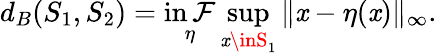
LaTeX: d_{B}(S_{1},S_{2})=\operatorname*{in\mathcal{F}}_{\eta}\operatorname*{sup}_{\mathit{x}\inS_{1}}\| \mathit{x}-\eta(\mathit{x})\| _{\infty}.